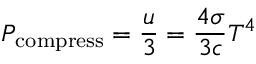
P _ { \mathrm { c o m p r e s s } } = { \frac { u } { 3 } } = { \frac { 4 \sigma } { 3 c } } T ^ { 4 }